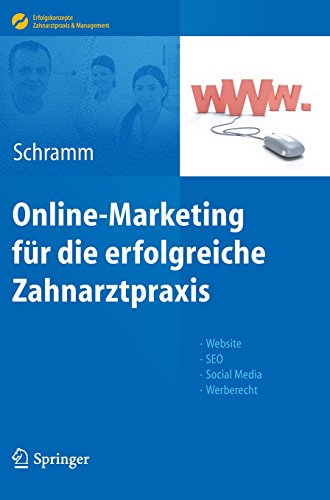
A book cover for Online-Marketing fÃ¼r die erfolgreiche Zahnarztpraxis: Website, SEO, Social Media, Werberecht (Erfolgskonzepte Zahnarztpraxis & Management) (German Edition); Medical Books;